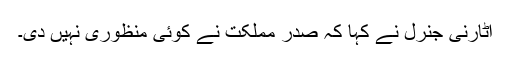
اٹارنی جنرل نے کہا کہ صدر مملکت نے کوئی منظوری نہیں دی۔